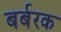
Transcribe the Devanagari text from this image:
बर्बरक